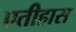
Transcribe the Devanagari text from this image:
एतीहास